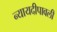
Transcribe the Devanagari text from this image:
न्यायदीपावली